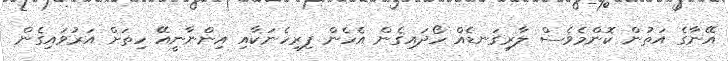
އޭނާގެ އަތުން ކޮންމެވެސް ލާރިގަނޑެއް ހޯދައިގެން އެހެން ފިރިހެނަކާއި އިންނާނީއޭ ހިތަށް އަރުވައިގެން